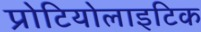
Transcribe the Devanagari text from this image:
प्रोटियोलाइटिक